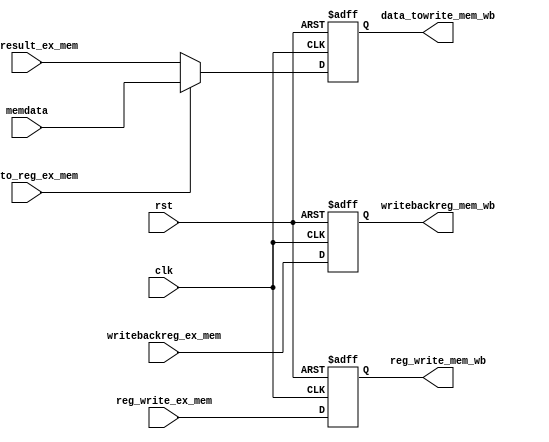
module MEM_WB( 
    input clk,
    input rst,
    input mem_to_reg_ex_mem,
    input reg_write_ex_mem,
    input [31:0] memdata,
    input [31:0] alu_result_ex_mem,
    input [4:0] writebackreg_ex_mem,
    output reg [4:0] writebackreg_mem_wb,
    output reg reg_write_mem_wb,
    output reg [31:0] data_towrite_mem_wb
);

    always @(posedge clk or posedge rst) 
    begin
        if (rst) 
        begin
            writebackreg_mem_wb <= 5'b0;
            reg_write_mem_wb <= 0;
            data_towrite_mem_wb <= 32'b0;
        end
        else 
        begin
            writebackreg_mem_wb <= writebackreg_ex_mem;
            reg_write_mem_wb <= reg_write_ex_mem;
            data_towrite_mem_wb <= mem_to_reg_ex_mem ? memdata : alu_result_ex_mem;
        end
    end

endmodule